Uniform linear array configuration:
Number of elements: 12
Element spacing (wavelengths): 0.75
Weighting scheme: exponential
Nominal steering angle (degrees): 0
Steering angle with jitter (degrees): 1.053
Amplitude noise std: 0.05
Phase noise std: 0.05

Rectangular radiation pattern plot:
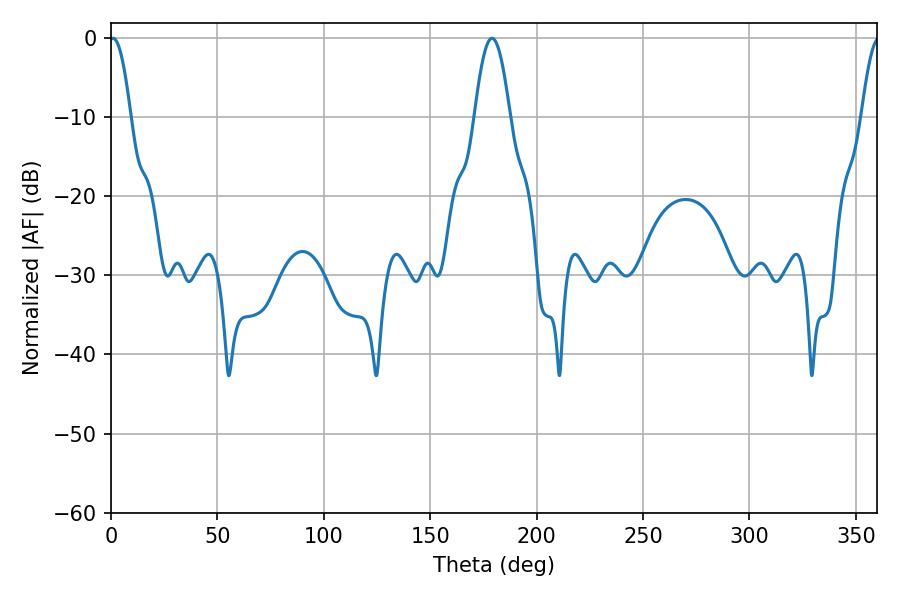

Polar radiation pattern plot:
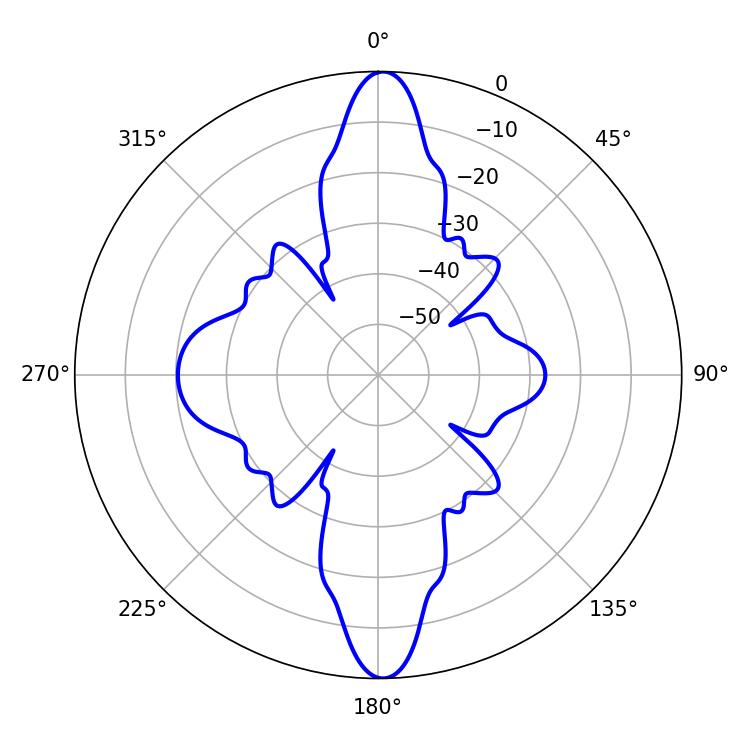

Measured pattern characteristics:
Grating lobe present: TRUE
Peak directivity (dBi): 30.422
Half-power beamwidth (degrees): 9
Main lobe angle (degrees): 179.1